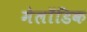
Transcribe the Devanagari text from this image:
मेलॉडिक